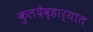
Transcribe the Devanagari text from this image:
कुलदेव्हार्‍यात